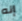
إنه